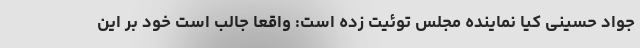
جواد حسینی کیا نماینده مجلس توئیت زده است: واقعا جالب است خود بر این